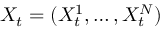
X _ { t } = ( X _ { t } ^ { 1 } , \ldots , X _ { t } ^ { N } )